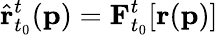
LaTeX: \hat{\mathbf{r}}_{t_{0}}^{t}(\mathbf{p})=\mathbf{F}_{t_{0}}^{t}[\mathbf{r}(\mathbf{p})]